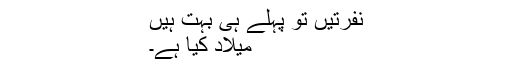
نفرتیں تو پہلے ہی بہت ہیں
میلاد کیا ہے۔